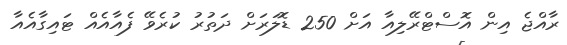
ރާއްޖެ އިން އޮސްޓްރޭލިއާ އަށް 250 ޑޮލަރަށް ދަތުރު ކުރެވޭ ފެއާއެއް ޓައިގާއެއާ